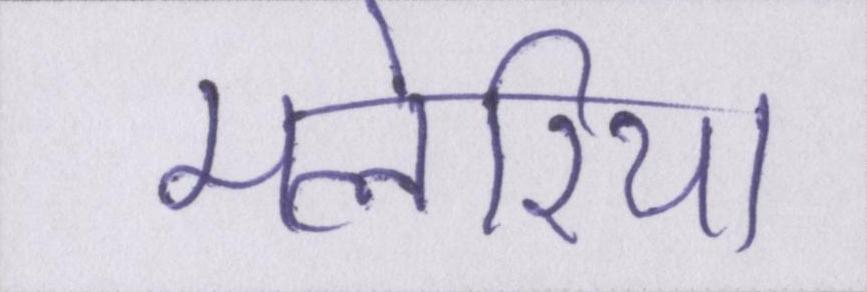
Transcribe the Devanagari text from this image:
मलेरिया